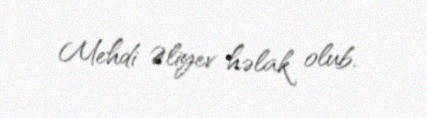
Mehdi Əliyev həlak olub.